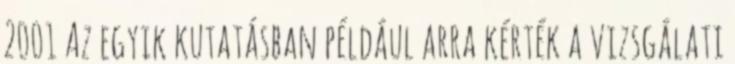
2001 Az egyik kutatásban például arra kérték a vizsgálati